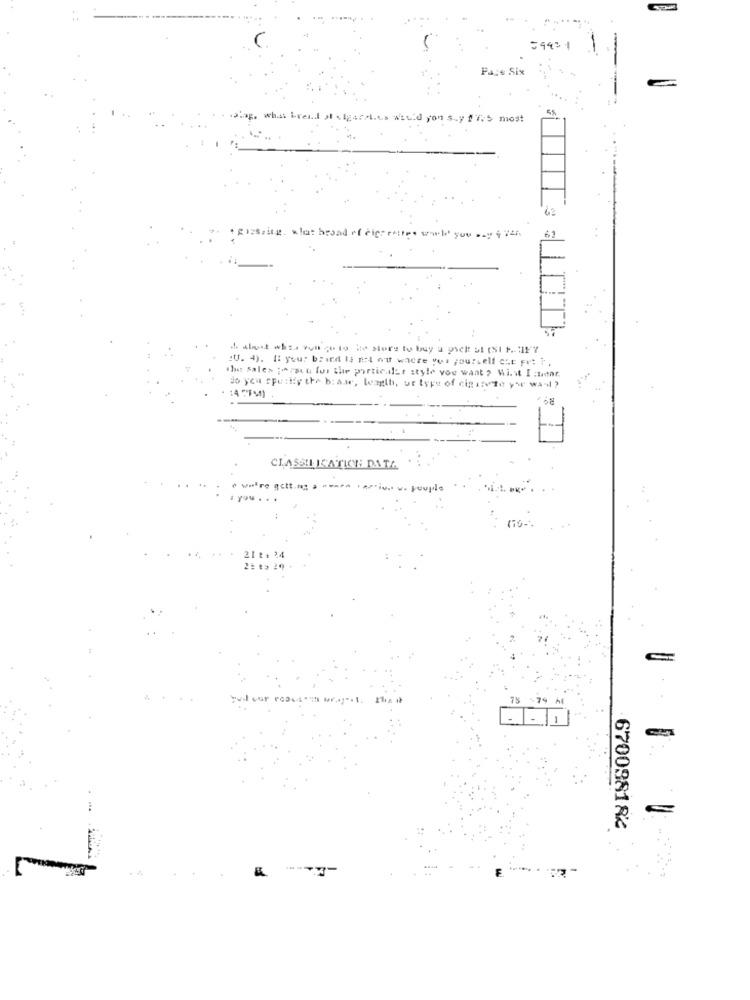
59931
Page Six
what ive
.lg47-Les Would you say fres most
. gissaing. what broad ef cigarettes wol you say 4 74h.
:U. 4). It your brind Is not out wacte yui yourself cht Fet t.
the sales ; Fait ful the porticalr style voe want ? Wist I :lar
do you spurtfy the b:awr, length, ue type of cigarette y'or way ?
+ 14 ℃FM) .
CLASSIL KATICH DATA
+ were gott.mg . -
·arries v. people
21t.
73 .79 A4
670038182
&
F